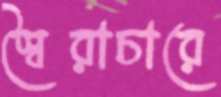
স্বৈরাচারে